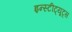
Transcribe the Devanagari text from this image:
इन्स्टीट्यूट्स